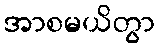
အာစမယိတွာ